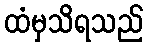
ထံမှသိရသည်